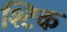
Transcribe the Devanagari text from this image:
श्टिक